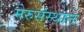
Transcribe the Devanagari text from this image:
मेरुसंस्थान